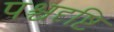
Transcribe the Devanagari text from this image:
पश्चदृष्टि